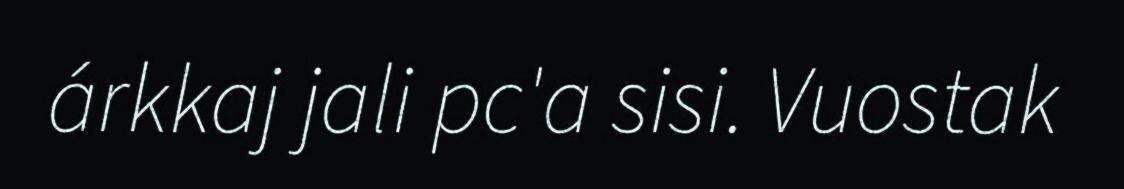
árkkaj jali pc'a sisi. Vuostak